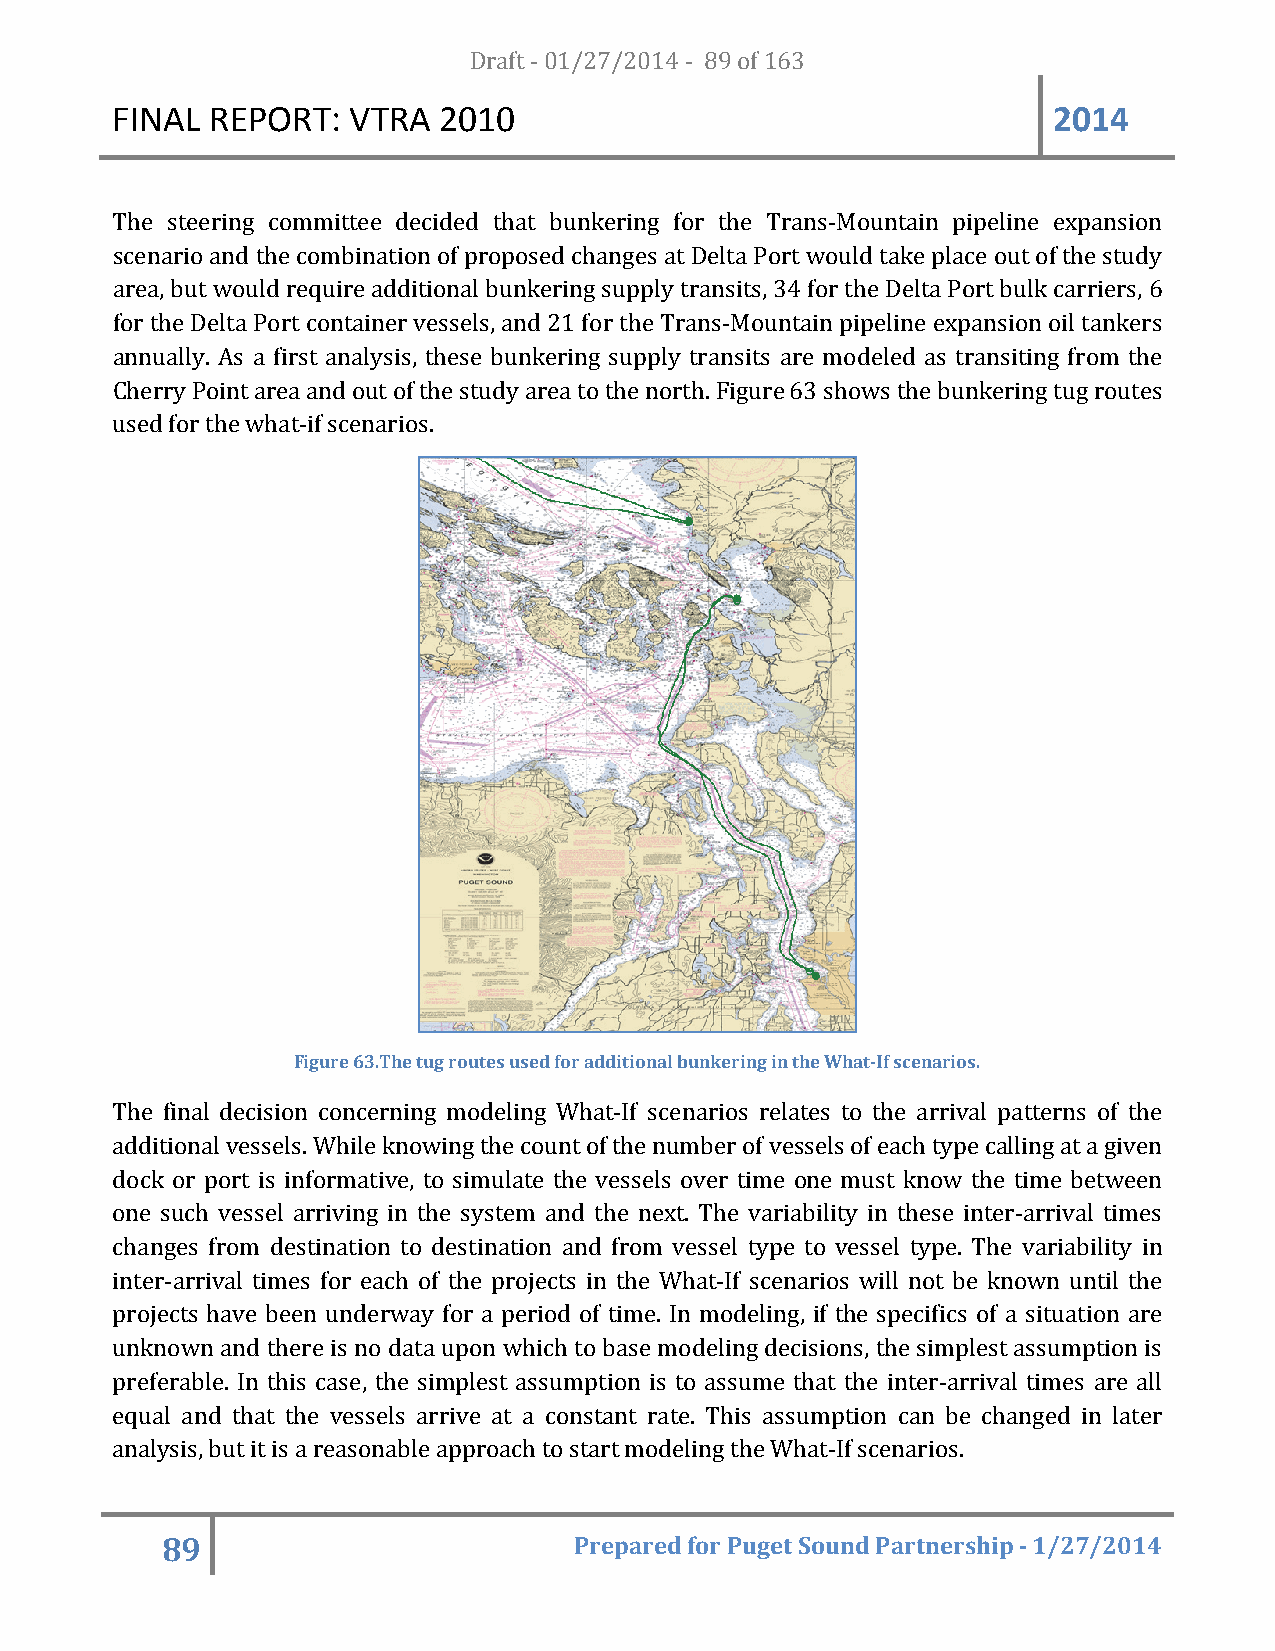
FINAL  REPORT:  VTRA  20D1r0af t - 01/27/2014 - 89 of 163      2014
 The steering committee decided that bunkering for the Trans-Mountain pipeline expansion
 scenario and the combination of proposed changes at Delta Port would take place out of the study
 area, but would require additional bunkering supply transits, 34 for the Delta Port bulk carriers, 6
 for the Delta Port container vessels, and 21 for the Trans-Mountain pipeline expansion oil tankers
 annually. As a first analysis, these bunkering supply transits are modeled as transiting from the
 Cherry Point area and out of the study area to the north. Figure 63 shows the bunkering tug routes
 used for the what-if scenarios.
 Figure 63.The tug routes used for additional bunkering in the What-If scenarios.
 The final decision concerning modeling What-If scenarios relates to the arrival patterns of the
 additional vessels. While knowing the count of the number of vessels of each type calling at a given
 dock or port is informative, to simulate the vessels over time one must know the time between
 one such vessel arriving in the system and the next. The variability in these inter-arrival times
 changes from destination to destination and from vessel type to vessel type. The variability in
 inter-arrival times for each of the projects in the What-If scenarios will not be known until the
 projects have been underway for a period of time. In modeling, if the specifics of a situation are
 unknown and there is no data upon which to base modeling decisions, the simplest assumption is
 preferable. In this case, the simplest assumption is to assume that the inter-arrival times are all
 equal and that the vessels arrive at a constant rate. This assumption can be changed in later
 analysis, but it is a reasonable approach to start modeling the What-If scenarios.
 89                         Prepared for Puget Sound Partnership - 1/27/2014